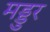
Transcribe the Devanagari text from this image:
मड्डुर